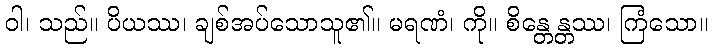
ဝါ၊ သည်။ ပိယဿ၊ ချစ်အပ်သောသူ၏။ မရဏံ၊ ကို။ စိန္တေန္တဿ၊ ကြံသော။